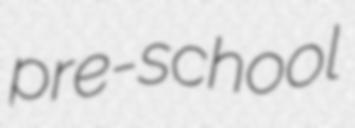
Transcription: pre-school